Vaccination in Bombay 1856-1862 - 1856-1862
Year: 1856
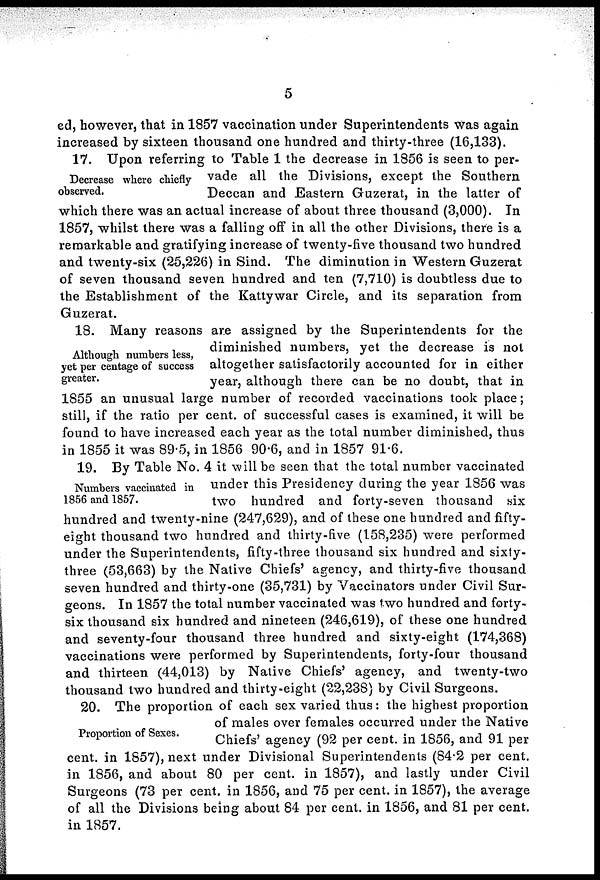
5
ed, however, that in 1857 vaccination under Superintendents was again
increased by sixteen thousand one hundred and thirty-three (16,133).
Decrease where chiefly-
observed.
17. Upon referring to Table 1 the decrease in 1856 is seen to per-
vade all the Divisions, except the Southern
Deccan and Eastern Guzerat, in the latter of
which there was an actual increase of about three thousand (3,000). In
1857, whilst there was a falling off in all the other Divisions, there is a
remarkable and gratifying increase of twenty-five thousand two hundred
and twenty-six (25,226) in Sind. The diminution in Western Guzerat
of seven thousand seven hundred and ten (7,710) is doubtless due to
the Establishment of the Kattywar Circle, and its separation from
Guzerat.
Although numbers less,
yet per centage of success
greater.
18. Many reasons are assigned by the Superintendents for the
diminished numbers, yet the decrease is not
altogether satisfactorily accounted for in either
year, although there can be no doubt, that in
1855 an unusual large number of recorded vaccinations took place;
still, if the ratio per cent. of successful cases is examined, it will be
found to have increased each year as the total number diminished, thus
in 1855 it was 89.5, in 1856 90.6, and in 1857 91.6.
Numbers vaccinated in
1856 and 1857.
19. By Table No. 4 it will be seen that the total number vaccinated
under this Presidency during the year 1856 was
two hundred and forty-seven thousand six
hundred and twenty-nine (247,629), and of these one hundred and fifty-
eight thousand two hundred and thirty-five (158,235) were performed
under the Superintendents, fifty-three thousand six hundred and sixty-
three (53,663) by the Native Chiefs' agency, and thirty-five thousand
seven hundred and thirty-one (35,731) by Vaccinators under Civil Sur-
geons. In 1857 the total number vaccinated was two hundred and forty-
six thousand six hundred and nineteen (246,619), of these one hundred
and seventy-four thousand three hundred and sixty-eight (174,368)
vaccinations were performed by Superintendents, forty-four thousand
and thirteen (44,013) by Native Chiefs' agency, and twenty-two
thousand two hundred and thirty-eight (22,238) by Civil Surgeons.
Proportion of Sexes.
20. The proportion of each sex varied thus: the highest proportion
of males over females occurred under the Native
Chiefs' agency (92 per cent. in 1856, and 91 per
cent. in 1857), next under Divisional Superintendents (84.2 per cent.
in 1856, and about 80 per cent. in 1857), and lastly under Civil
Surgeons (73 per cent. in 1856, and 75 per cent. in 1857), the average
of all the Divisions being about 84 per cent. in 1856, and 81 per cent.
in 1857.